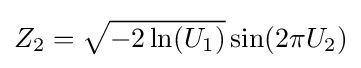
Z_{2}={\sqrt {-2\ln(U_{1})}}\sin(2\pi U_{2})